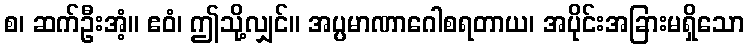
စ၊ ဆက်ဦးအံ့။ ဧဝံ၊ ဤသို့လျှင်။ အပ္ပမာဏာဂေါစရတာယ၊ အပိုင်းအခြားမရှိသော